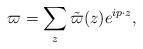
LaTeX: \begin{align*}\varpi=\sum_{z}\tilde{\varpi}(z)e^{ip\cdot z},\end{align*}